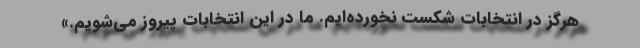
هرگز در انتخابات شکست نخورده‌ایم. ما در این انتخابات پیروز می‌شویم.»